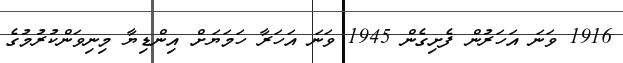
1916 ވަނަ އަހަރުން ފެށިގެން 1945 ވަނަ އަހަރާ ހަމަޔަށް އިންޑިޔާ މިނިވަންކުރުމުގެ